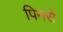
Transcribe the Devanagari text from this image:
पिनरो